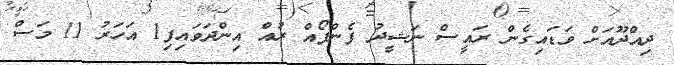
ދިއްދޫއަށް ވަޑައިގެން ރައީސް ނަޝީދު ފެންފޯއް ރުއް އިންދަވައިފި1 އަހަރު 11 މަސް